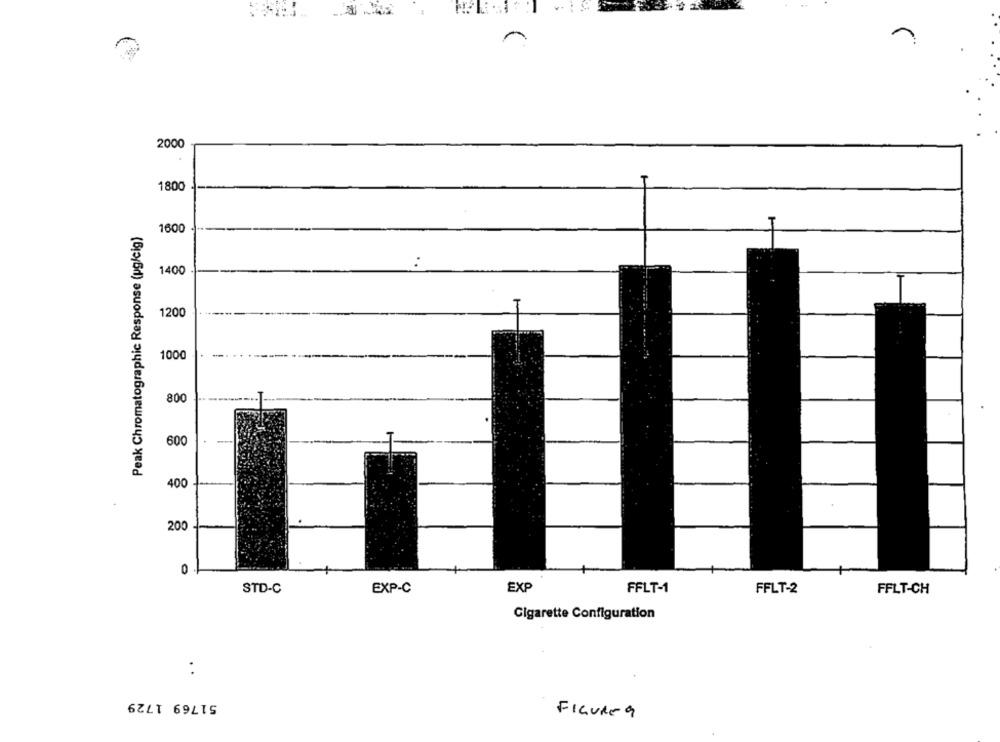
2000
1800
Peak Chromatographic Response (pg/cig)
1600
1400
1200
1000
800
600
-
400
200
0
STD-C
EXP-C
EXP
FFLT-1
FFLT-2
FFLT-CH
Cigarette Configuration
..
51769 1729
FIGURE 9